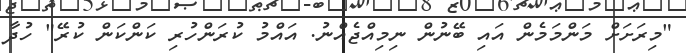
"މިރަށަށް މަންމަމެން އައި ބޭނުން ނިމިއްޖެއްނު. އައްމު ކުރަންހުރި ކަންކަން ކުރޭ" ހުދާ